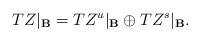
LaTeX: \begin{align*}\begin{aligned}TZ|_{\bf{B}}=TZ^{u}|_{\bf{B}}\oplus TZ^{s}|_{\bf{B}}.\end{aligned}\end{align*}